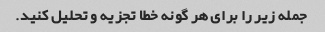
جمله زیر را برای هر گونه خطا تجزیه و تحلیل کنید.